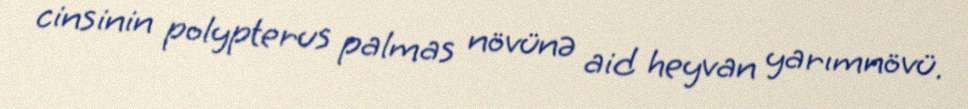
cinsinin polypterus palmas növünə aid heyvan yarımnövü.